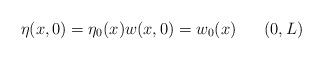
LaTeX: \begin{align*}\begin{array}[c]{lll}\eta(x,0) =\eta_{0}(x) w(x,0) =w_{0}( x) & & ( 0,L)\end{array}\end{align*}